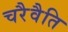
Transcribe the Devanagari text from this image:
चरैवैति